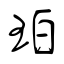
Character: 珀